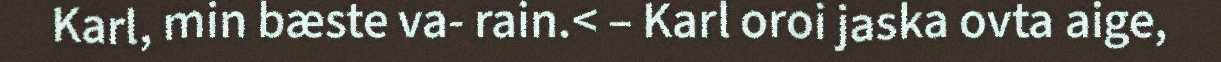
Karl, min bæste va- rain.< – Karl oroi jaska ovta aige,